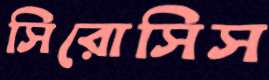
সিরোসিস